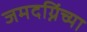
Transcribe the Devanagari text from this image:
जमदग्निंच्या